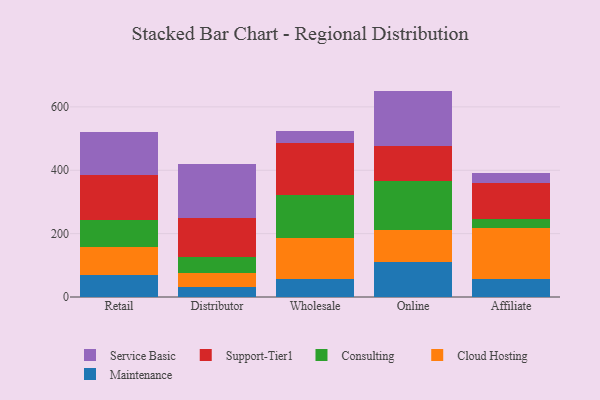
{"axis": {"x": "Channel", "y": "Shipments"}, "legend": ["Cloud Hosting", "Consulting", "Maintenance", "Service Basic", "Support-Tier1"], "data": [{"x": "Retail", "y": 70.1, "type": "Maintenance"}, {"x": "Retail", "y": 87.4, "type": "Cloud Hosting"}, {"x": "Retail", "y": 85.8, "type": "Consulting"}, {"x": "Retail", "y": 141.2, "type": "Support-Tier1"}, {"x": "Retail", "y": 135.1, "type": "Service Basic"}, {"x": "Distributor", "y": 32.6, "type": "Maintenance"}, {"x": "Distributor", "y": 41.7, "type": "Cloud Hosting"}, {"x": "Distributor", "y": 52.2, "type": "Consulting"}, {"x": "Distributor", "y": 123.9, "type": "Support-Tier1"}, {"x": "Distributor", "y": 168.6, "type": "Service Basic"}, {"x": "Wholesale", "y": 57.1, "type": "Maintenance"}, {"x": "Wholesale", "y": 130.5, "type": "Cloud Hosting"}, {"x": "Wholesale", "y": 133.7, "type": "Consulting"}, {"x": "Wholesale", "y": 165.4, "type": "Support-Tier1"}, {"x": "Wholesale", "y": 36.5, "type": "Service Basic"}, {"x": "Online", "y": 110.9, "type": "Maintenance"}, {"x": "Online", "y": 102.1, "type": "Cloud Hosting"}, {"x": "Online", "y": 154.1, "type": "Consulting"}, {"x": "Online", "y": 108.6, "type": "Support-Tier1"}, {"x": "Online", "y": 174.9, "type": "Service Basic"}, {"x": "Affiliate", "y": 56.1, "type": "Maintenance"}, {"x": "Affiliate", "y": 161.6, "type": "Cloud Hosting"}, {"x": "Affiliate", "y": 30.0, "type": "Consulting"}, {"x": "Affiliate", "y": 111.4, "type": "Support-Tier1"}, {"x": "Affiliate", "y": 31.7, "type": "Service Basic"}]}